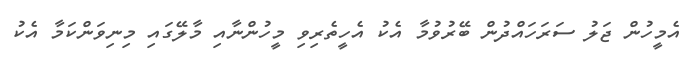
އެމީހުން ޖަލު ސަރަހައްދުން ބޭރުވުމާ އެކު އެހީތެރިވި މީހުންނާއި މާލޭގައި މިނިވަންކަމާ އެކު